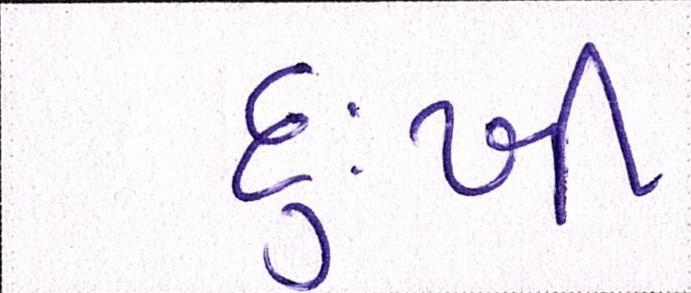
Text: દુખી